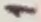
Text: 1